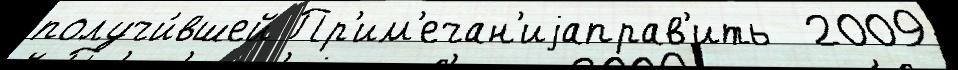
получи́вшей Пр'им'ечан'иjаправ'ить  2009